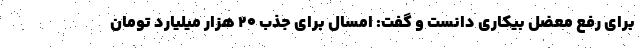
برای رفع معضل بیکاری دانست و گفت: امسال برای جذب ۲۰ هزار میلیارد تومان